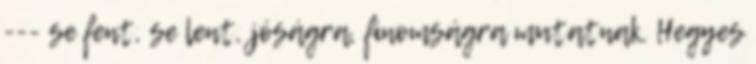
--- se fent, se lent, jóságra, finomságra mutatnak. Hegyes